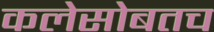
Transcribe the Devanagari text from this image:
कलेसोबतच